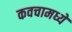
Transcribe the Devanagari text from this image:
कवचामध्ये